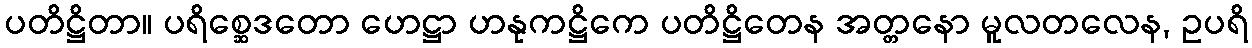
ပတိဋ္ဌိတာ။ ပရိစ္ဆေဒတော ဟေဋ္ဌာ ဟနုကဋ္ဌိကေ ပတိဋ္ဌိတေန အတ္တနော မူလတလေန, ဥပရိ